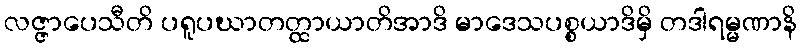
လဇ္ဇာပေသီတိ ပရူပဃာတတ္ထာယာတိအာဒိ မာဒေသပစ္စယာဒိမှိ တဒါရမ္မဏာနိ